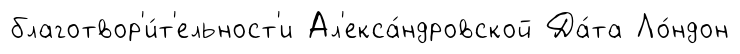
благотвор'и́т'ельност'и Ал'екса́ндровской Да́та Ло́ндон